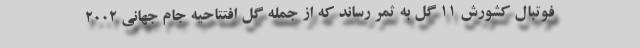
فوتبال کشورش ۱۱ گل به ثمر رساند که از جمله گل افتتاحیه جام جهانی ۲۰۰۲